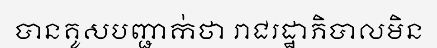
បានគូសបញ្ជាក់ថា រាជរដ្ឋាភិបាលមិន